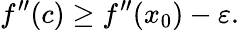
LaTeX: f^{\prime\prime}(c)\geq f^{\prime\prime}(x_{0})-\varepsilon.